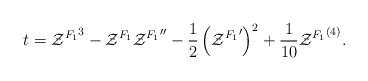
\begin{align*}t={{\cal Z}^{F_1}}^3-{\cal Z}^{F_1}{{\cal Z}^{F_1}}''-{1\over2}\left({{\cal Z}^{F_1}}'\right)^2+{1\over10}{{\cal Z}^{F_1}}^{(4)}.\end{align*}